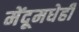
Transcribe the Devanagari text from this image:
मेंदूमधेही